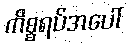
ကိစ္စရပ်အပေါ်